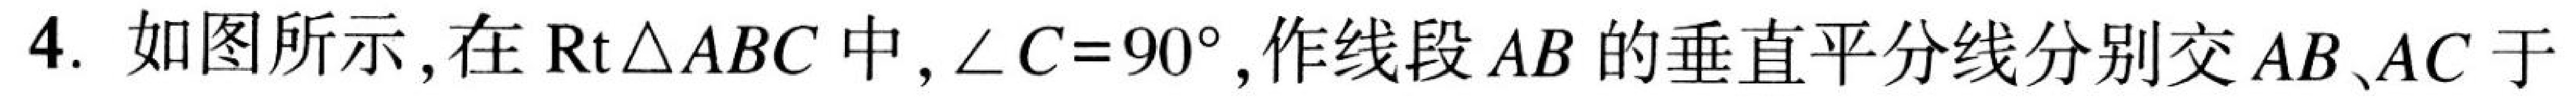
4. 如图所示,在\(\mathrm{Rt}\triangle ABC\)中,\(\angle C = 90^{\circ}\),作线段\(AB\)的垂直平分线分别交\(AB\)、\(AC\)于